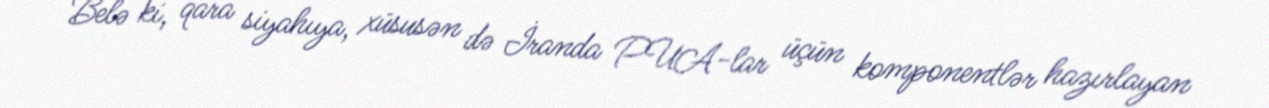
Belə ki, qara siyahıya, xüsusən də İranda PUA-lar üçün komponentlər hazırlayan